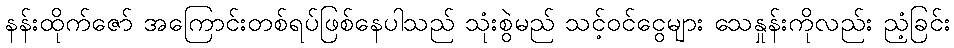
နန်းထိုက်ဇော် အကြောင်းတစ်ရပ်ဖြစ်နေပါသည် သုံးစွဲမည် သင့်ဝင်ငွေများ သေနှုန်းကိုလည်း ညံ့ခြင်း